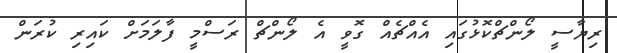
ރިޔާސީ ލޯންޗްކޮޅުގައި އެއްޗެއް ގޮވީ އެ ލޯންޗް ރަސްމީ ފާލަމަށް ކައިރި ކުރަން